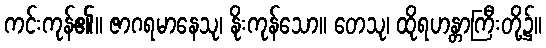
ကင်းကုန်၏။ ဇာဂရမာနေသု၊ နိုးကုန်သော။ တေသု၊ ထိုရဟန္တာကြီးတို့၌။